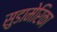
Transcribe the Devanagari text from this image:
सुडामेरिका